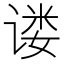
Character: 𫍴